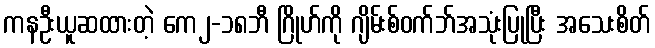
ကနဦးယူဆထားတဲ့ ကေ၂-၁၈ဘီ ဂြိုဟ်ကို ဂျိမ်းစ်ဝက်ဘ်အသုံးပြုပြီး အသေးစိတ်